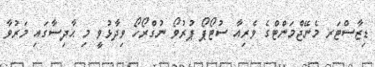
ޑިޒާސްޓަރ މެނޭޖްމަންޓްގެ ވެރިއާ ސުޓޯޕޯ ޕުރުވޯ ނުގްރޯހޯ ވިދާޅުވީ މި ޙާދިސާގައި މަރުވާ